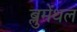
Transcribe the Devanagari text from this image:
ब्लुमेंथल